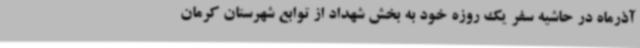
آذرماه در حاشیه سفر یک روزه خود به بخش شهداد از توابع شهرستان کرمان